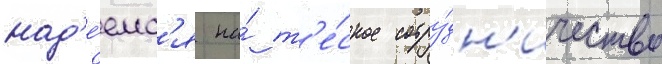
над'е́емс'я на́ т'е́сное сотру́дн'ичество